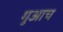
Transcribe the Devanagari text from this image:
गुआच